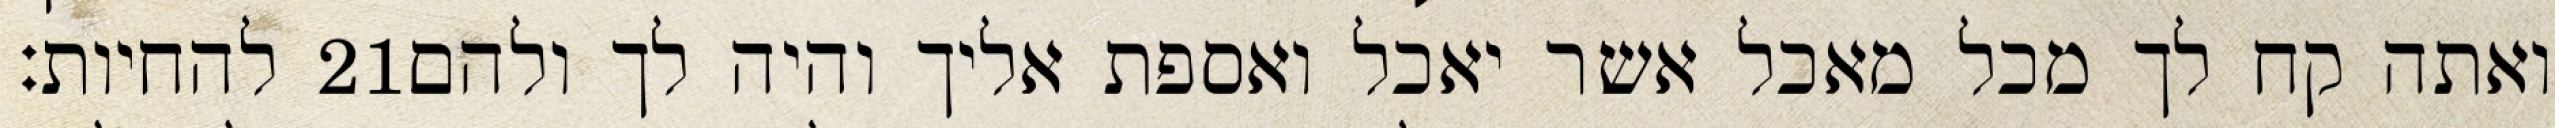
להחיות׃ ‎21‏ ואתה קח לך מכל מאכל אשר יאכל ואספת אליך והיה לך ולהם